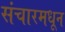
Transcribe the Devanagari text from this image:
संचारमधून